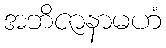
အဘိဇာနာမဟံ